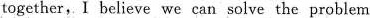
together,I believe we can solve the problem